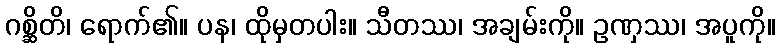
ဂစ္ဆိတိ၊ ရောက်၏။ ပန၊ ထိုမှတပါး။ သီတဿ၊ အချမ်းကို။ ဥဏှဿ၊ အပူကို။